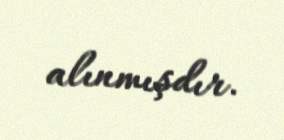
alınmışdır.